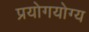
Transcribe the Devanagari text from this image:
प्रयोगयोग्य